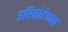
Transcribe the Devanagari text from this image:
इरिनोटेकान